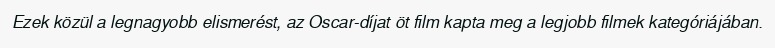
Ezek közül a legnagyobb elismerést, az Oscar-díjat öt film kapta meg a legjobb filmek kategóriájában.